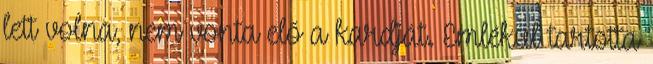
lett volna, nem vonta elő a kardját. Emlékül tartotta